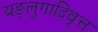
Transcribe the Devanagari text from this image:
यङ्लुगादिवृत्त